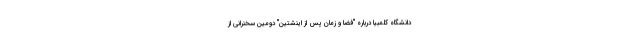
دانشگاه کلمبیا درباره "فضا و زمان پس از اینشتین" دومین سخنرانی از